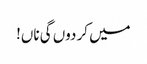
میں کر دوں گی ناں!